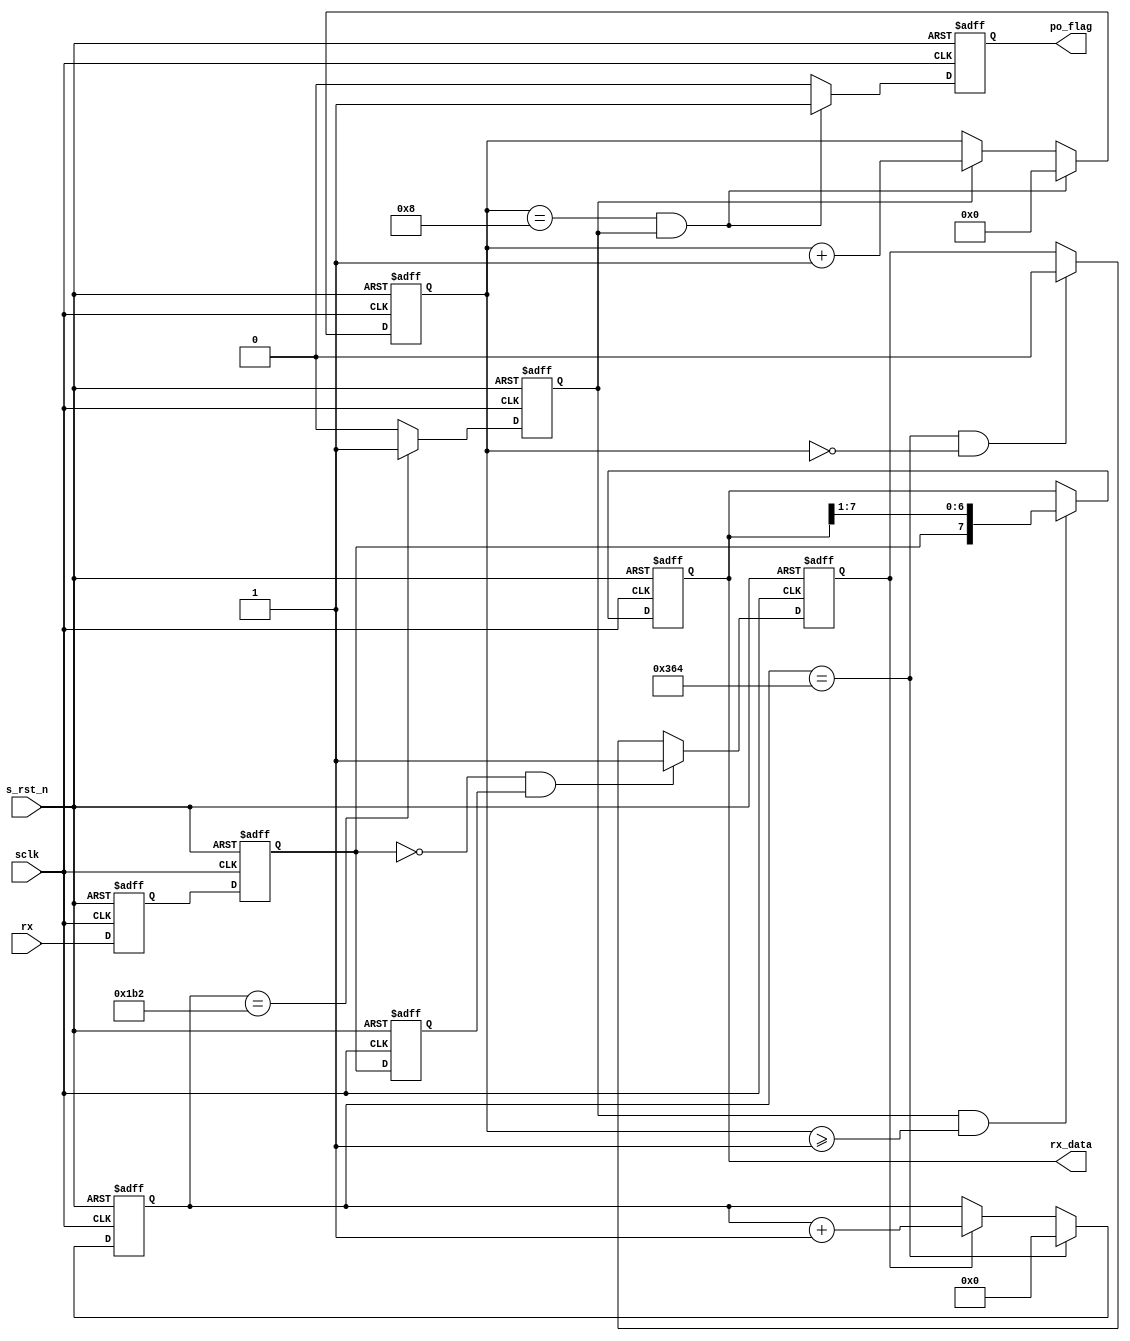
/**
  ******************************************************************************
  * Version            : 2.0
  * Description        :  115200/2000000
  * Function List      :
  * History            :
        <author>    <version>    <time>    <desc>
  ******************************************************************************
  * @attention
  *
  * <h2><center>&copy; Copyright (c) 2020 XXXX.
  * All rights reserved.</center></h2>
  *
  ******************************************************************************
  */
module uart_rx(
	input 						sclk,         //  
	input 						s_rst_n,         //
	
	input			 				rx,         //Rs232
	
	output	reg 	[7:0] 	rx_data,         //
	output	reg  				po_flag 					 //
 
);
 
	//
	reg 					rx_r1;
	reg					rx_r2;
	reg               rx_r3;
	
	reg					rx_flag;             //
	reg 		[12:0]	baud_cnt;
	reg  					bit_flag;
	reg		[3:0]		bit_cnt;
	
//----------------------------------------------
//localparam BAUD_END			=			13'd5207			;
localparam BAUD_END			=			13'd868;
localparam BIT_END			=			4'd8;
 
assign rx_negetive			= 			~rx_r2&rx_r3;  //rx
 
always @(posedge sclk or negedge s_rst_n)
	if(!s_rst_n)begin
		rx_r1 <= 1'b1;
		rx_r2 <= 1'b1;
		rx_r3 <= 1'b1;
		end
	else begin
		rx_r1 <= rx;
		rx_r2 <= rx_r1;
		rx_r3 <= rx_r2;
	end
		
//rx_flag
always @(posedge sclk or negedge s_rst_n)
	if(!s_rst_n)
		rx_flag			<=				1'b0;
	else if(rx_negetive==1'b1)
		rx_flag			<=				1'b1;
	else if((baud_cnt==BAUD_END)&&(bit_cnt==4'd0))
		rx_flag			<= 			1'b0;
	else
		rx_flag 			<= 			rx_flag;
		
//baud_cnt
always @(posedge sclk or negedge s_rst_n)
	if(!s_rst_n)
		baud_cnt			<=				'd0;
	else if(baud_cnt==BAUD_END)
		baud_cnt			<=				'd0;
	else if(rx_flag==1'b1)
		baud_cnt			<= 			baud_cnt + 1'b1;
	else
		baud_cnt <= baud_cnt;
		
//bit_flag
always @(posedge sclk or negedge s_rst_n)
	if(!s_rst_n)
		bit_flag <= 1'b0;
	else if(baud_cnt==(BAUD_END/2))
		bit_flag <= 1'b1;
	else
		bit_flag <= 1'b0;
 
//bit_cnt
always @(posedge sclk or negedge s_rst_n)
	if(!s_rst_n)
		bit_cnt <= 'd0;
	else if((bit_cnt==BIT_END)&&(bit_flag==1'b1))
		bit_cnt <= 'd0;
	else if(bit_flag)
		bit_cnt <= bit_cnt + 1'b1;
	else 
		bit_cnt <= bit_cnt;
		
//rx_data
always @(posedge sclk or negedge s_rst_n)
	if(!s_rst_n)
		rx_data <= 'd0;
	else if((bit_flag==1'b1)&&(bit_cnt>=1'b1))
		rx_data <= {rx_r2,rx_data[7:1]};
	else
		rx_data <= rx_data;
		
//po_flag
always @(posedge sclk or negedge s_rst_n)
	if(!s_rst_n)
		po_flag <= 1'b0;
	else if((bit_cnt==BIT_END)&&(bit_flag==1'b1))
		po_flag <= 1'b1;
	else
		po_flag <= 1'b0;
 
endmodule

module uart_rx_high(
	input 						sclk,         //  
	input 						s_rst_n,         //
	
	input			 				rx,         //Rs232
	
	output	reg 	[7:0] 	rx_data,         //
	output	reg  				po_flag 					 //
 
);
 
	//
	reg 					rx_r1;
	reg					rx_r2;
	reg               rx_r3;
	
	reg					rx_flag;             //
	reg 		[12:0]	baud_cnt;
	reg  					bit_flag;
	reg		[3:0]		bit_cnt;
	
//----------------------------------------------
//localparam BAUD_END			=			13'd5207			;
localparam BAUD_END			=			13'd100;
localparam BIT_END			=			4'd8;
 
assign rx_negetive			= 			~rx_r2&rx_r3;  //rx
 
always @(posedge sclk or negedge s_rst_n)
	if(!s_rst_n)begin
		rx_r1 <= 1'b1;
		rx_r2 <= 1'b1;
		rx_r3 <= 1'b1;
		end
	else begin
		rx_r1 <= rx;
		rx_r2 <= rx_r1;
		rx_r3 <= rx_r2;
	end
		
//rx_flag
always @(posedge sclk or negedge s_rst_n)
	if(!s_rst_n)
		rx_flag			<=				1'b0;
	else if(rx_negetive==1'b1)
		rx_flag			<=				1'b1;
	else if((baud_cnt==BAUD_END)&&(bit_cnt==4'd0))
		rx_flag			<= 			1'b0;
	else
		rx_flag 			<= 			rx_flag;
		
//baud_cnt
always @(posedge sclk or negedge s_rst_n)
	if(!s_rst_n)
		baud_cnt			<=				'd0;
	else if(baud_cnt==BAUD_END)
		baud_cnt			<=				'd0;
	else if(rx_flag==1'b1)
		baud_cnt			<= 			baud_cnt + 1'b1;
	else
		baud_cnt <= baud_cnt;
		
//bit_flag
always @(posedge sclk or negedge s_rst_n)
	if(!s_rst_n)
		bit_flag <= 1'b0;
	else if(baud_cnt==(BAUD_END/2))
		bit_flag <= 1'b1;
	else
		bit_flag <= 1'b0;
 
//bit_cnt
always @(posedge sclk or negedge s_rst_n)
	if(!s_rst_n)
		bit_cnt <= 'd0;
	else if((bit_cnt==BIT_END)&&(bit_flag==1'b1))
		bit_cnt <= 'd0;
	else if(bit_flag)
		bit_cnt <= bit_cnt + 1'b1;
	else 
		bit_cnt <= bit_cnt;
		
//rx_data
always @(posedge sclk or negedge s_rst_n)
	if(!s_rst_n)
		rx_data <= 'd0;
	else if((bit_flag==1'b1)&&(bit_cnt>=1'b1))
		rx_data <= {rx_r2,rx_data[7:1]};
	else
		rx_data <= rx_data;
		
//po_flag
always @(posedge sclk or negedge s_rst_n)
	if(!s_rst_n)
		po_flag <= 1'b0;
	else if((bit_cnt==BIT_END)&&(bit_flag==1'b1))
		po_flag <= 1'b1;
	else
		po_flag <= 1'b0;
 
endmodule